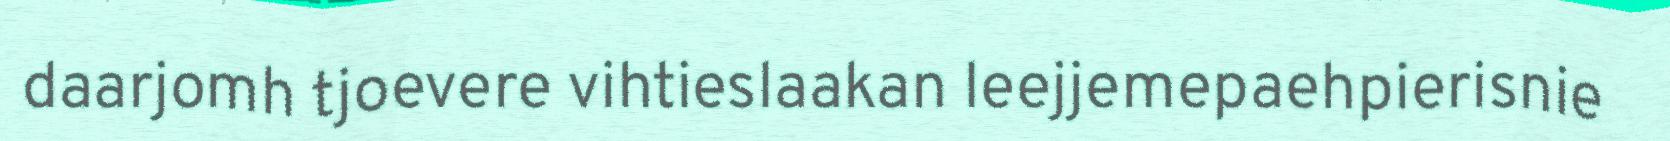
daarjomh tjoevere vihtieslaakan leejjemepaehpierisnie